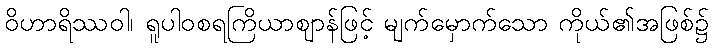
ဝိဟာရိဿဝါ၊ ရူပါဝစရကြိယာဈာန်ဖြင့် မျက်မှောက်သော ကိုယ်၏အဖြစ်၌